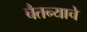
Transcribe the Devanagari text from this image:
चैतन्याचे